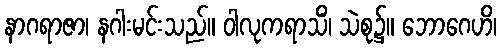
နာဂရာဇာ၊ နဂါးမင်းသည်။ ဝါလုကရာသိံ၊ သဲစု၌။ ဘောဂေဟိ၊